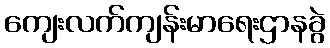
ကျေးလက်ကျန်းမာရေးဌာနခွဲ